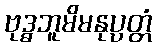
ဗုဒ္ဓဘူမိမနုပ္ပတ္တံ